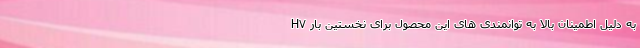
H۷ به دلیل اطمینان بالا به توانمندی های این محصول برای نخستین بار